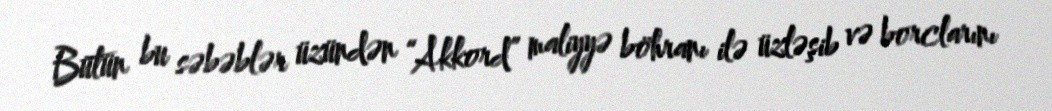
Bütün bu səbəblər üzündən “Akkord” maliyyə böhranı ilə üzləşib və borclarını